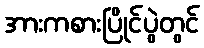
အားကစားပြိုင်ပွဲတွင်